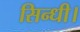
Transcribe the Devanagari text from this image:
सिन्धी।